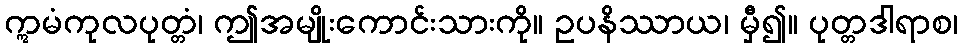
ဣမံကုလပုတ္တံ၊ ဤအမျိုးကောင်းသားကို။ ဥပနိဿာယ၊ မှီ၍။ ပုတ္တဒါရာစ၊